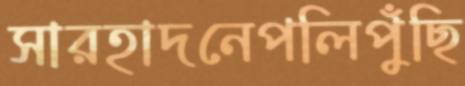
সারহাদনেপলিপুঁছি